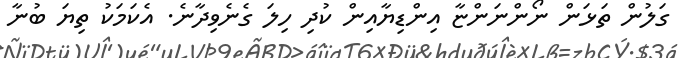
ގަލުން ތަޅަން ނޯންނަންޏާ އިންޑިޔާއިން ކުދި ހިލަ ގެނެވިދާނެ. އެކަމަކު ތިޔަ ބުނާ